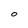
Character: 0